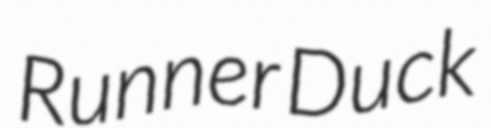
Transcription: Runner Duck